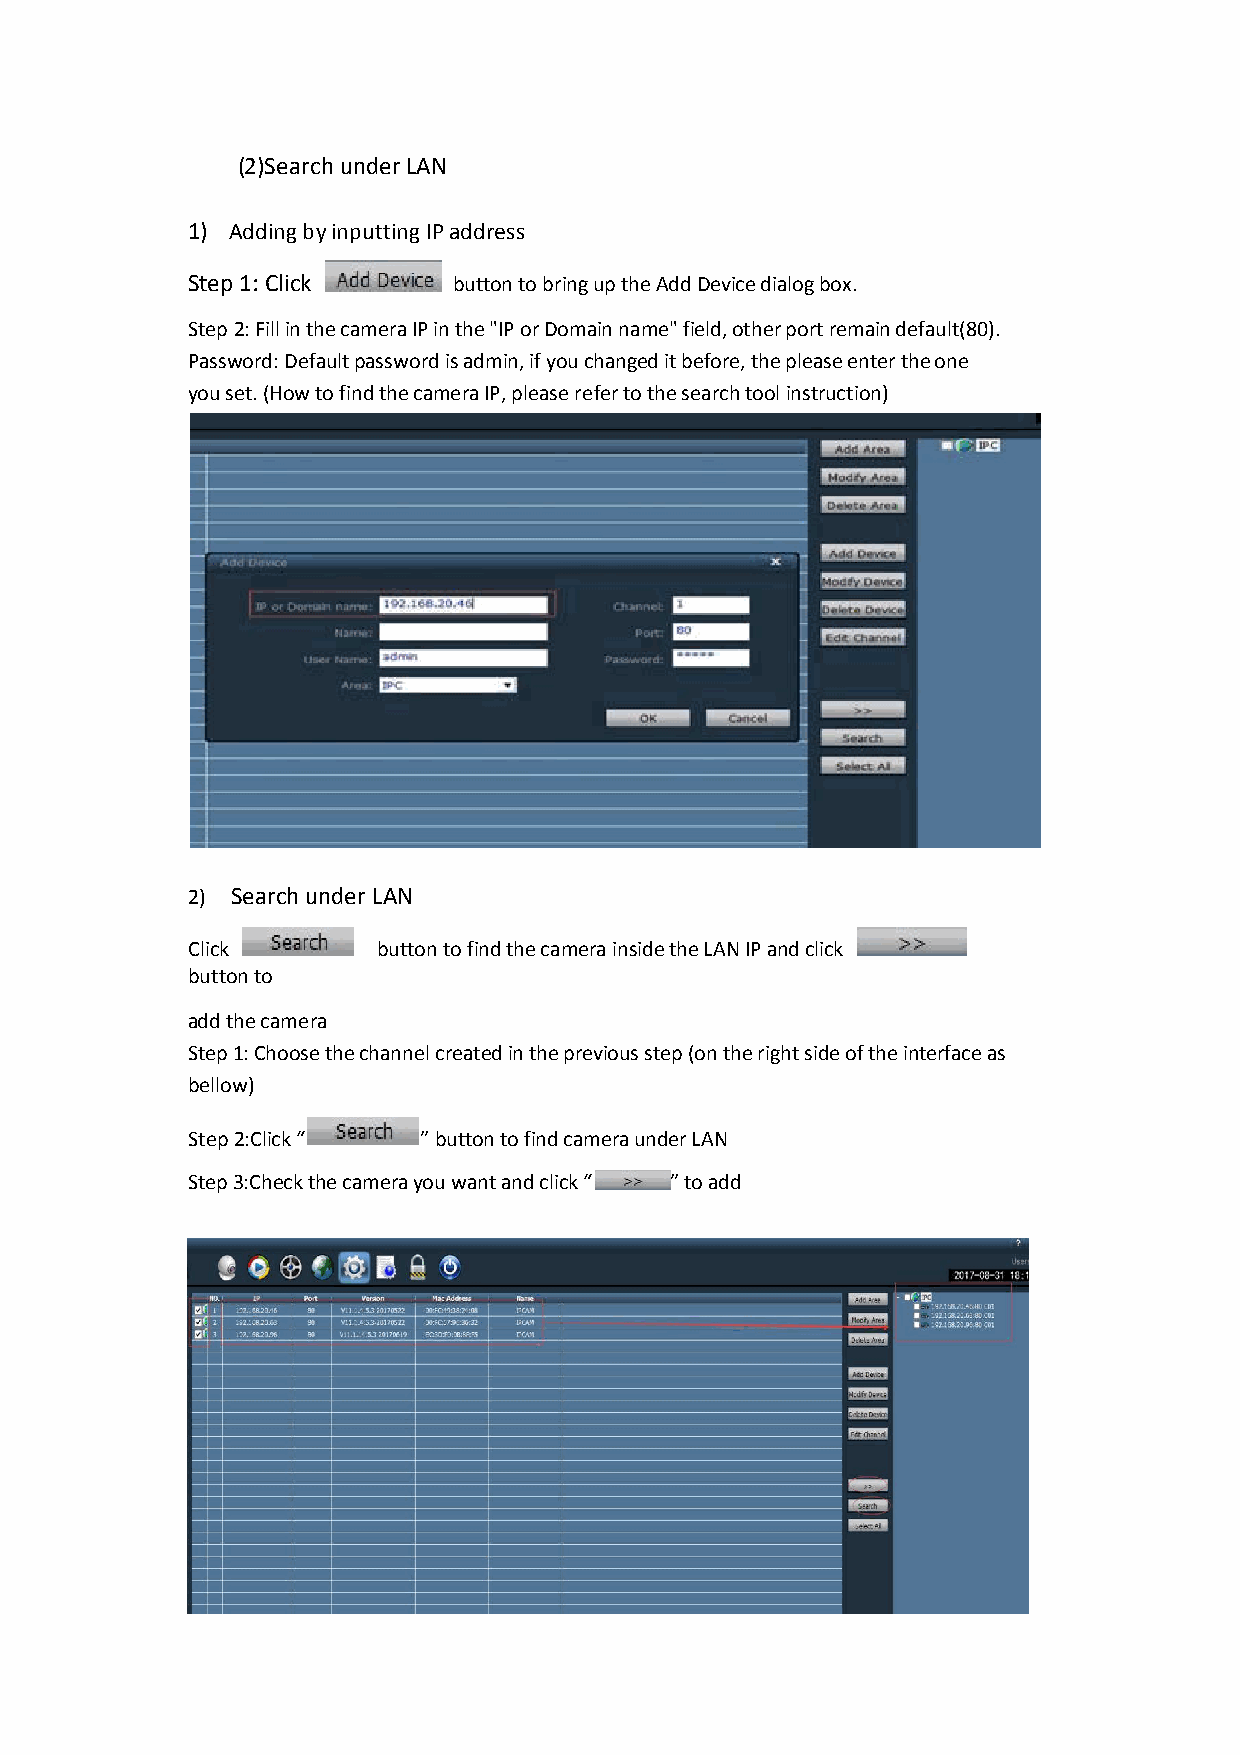
(2)Search under LAN
 1) Adding by inputting IP address
 Step 1: Click     button to bring up the Add Device dialog box.
 Step 2: Fill in the camera IP in the "IP or Domain name" field, other port remain default(80).
 Password: Default password is admin, if you changed it before, the please enter the one
 you set. (How to find the camera IP, please refer to the search tool instruction)
 2) Search under LAN
 Click        button to find the camera inside the LAN IP and click
 button to
 add the camera
 Step 1: Choose the channel created in the previous step (on the right side of the interface as
 bellow)
 Step 2:Click “  ” button to find camera under LAN
 Step 3:Check the camera you want and click “ ” to add